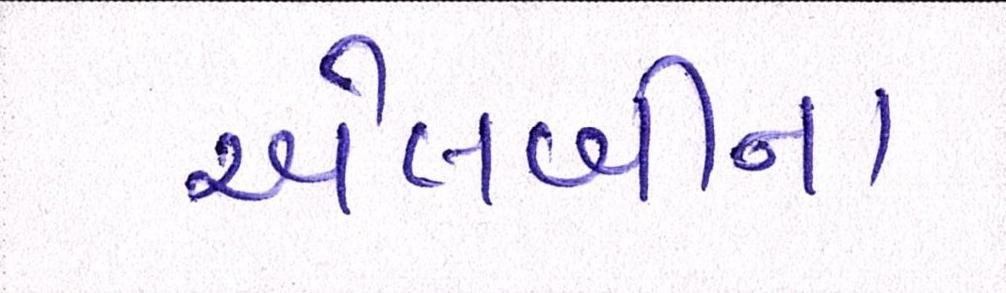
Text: એલબીના